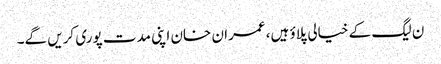
ن لیگ کے خیالی پلاؤ ہیں، عمران خان اپنی مدت پوری کریں گے۔